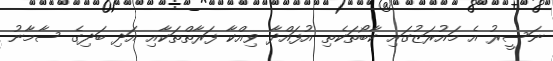
ނަސީރު އެ މައުރަޒުގައި ކާބޯތަކެތި އުފައްދާ ވިއްކާ ފަރާތްތަކާއި އަދި ބަދިގެ ސާމާނު